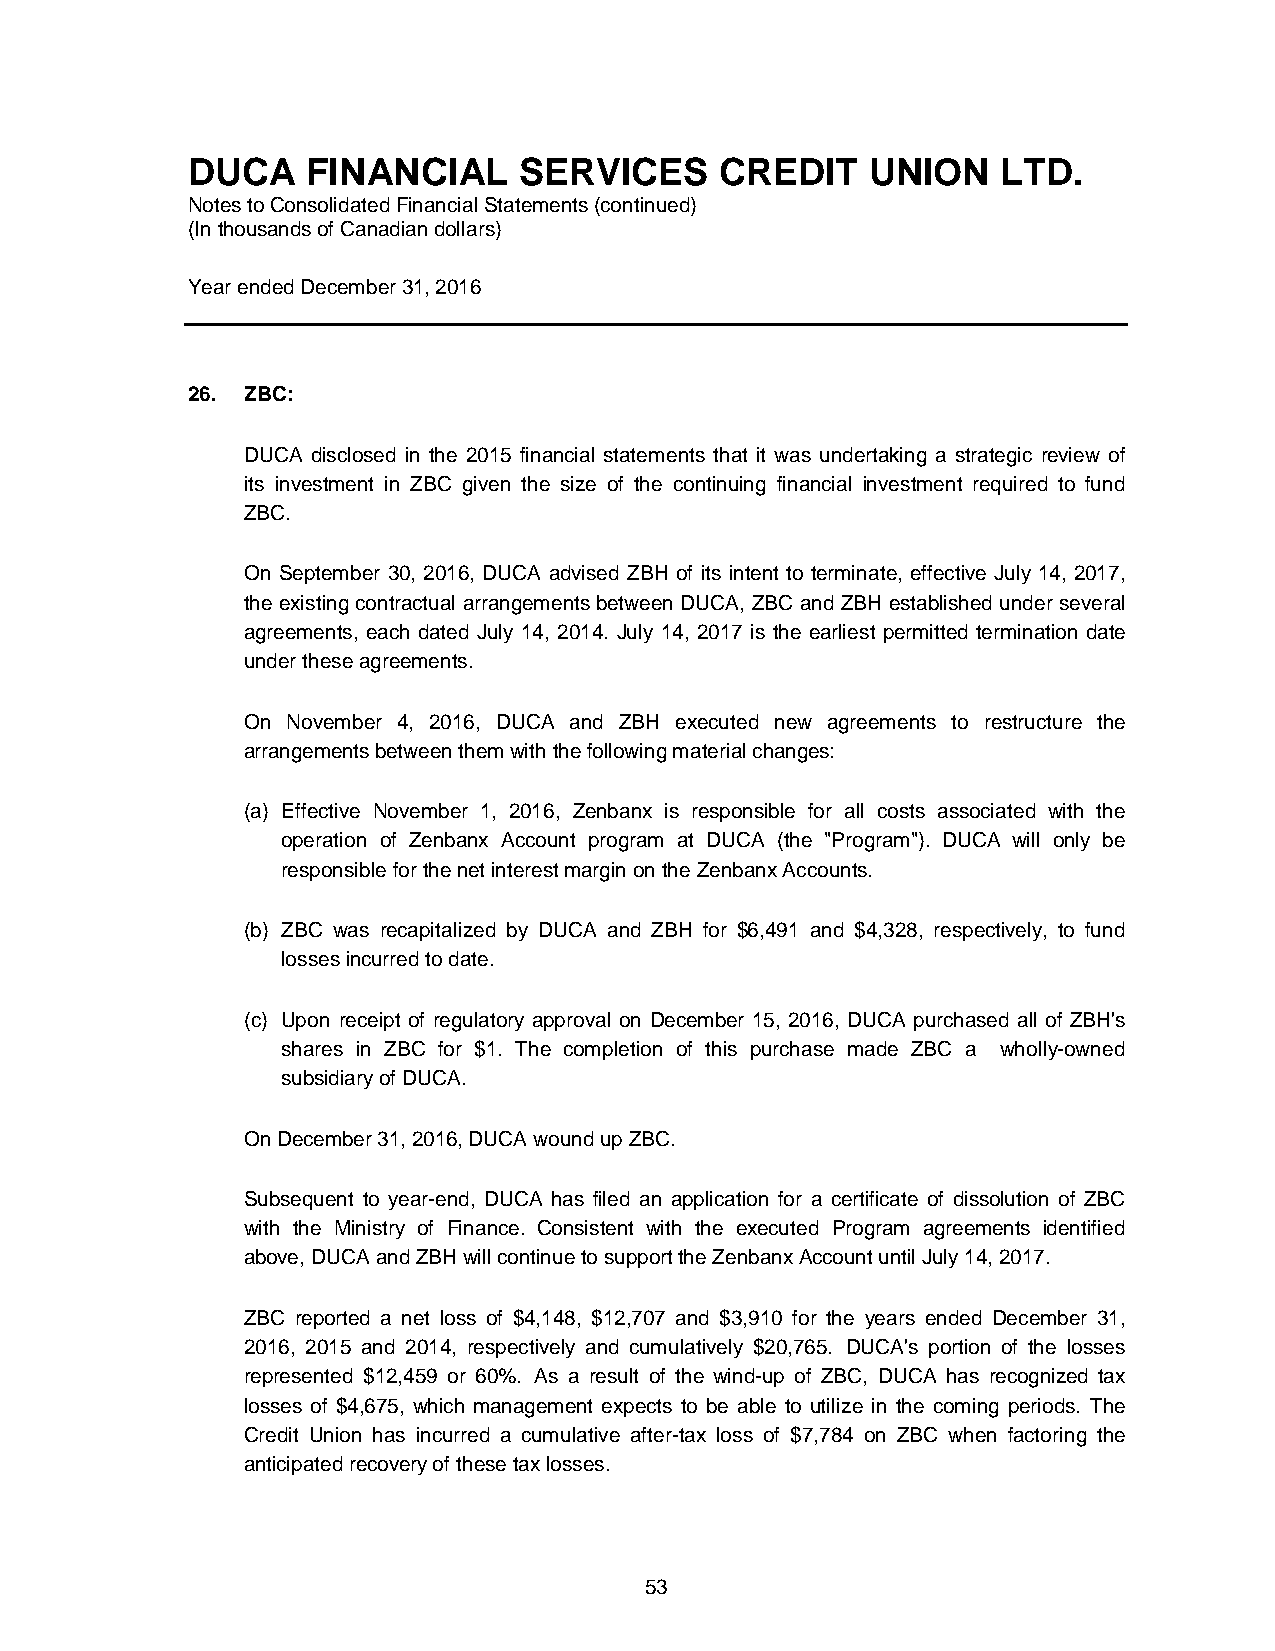
DUCA    FINANCIAL     SERVICES      CREDIT    UNION   LTD.
 Notes to Consolidated Financial Statements (continued)
 (In thousands of Canadian dollars)
 Year ended December 31, 2016
 26. ZBC:
 DUCA disclosed in the 2015 financial statements that it was undertaking a strategic review of
 its investment in ZBC given the size of the continuing financial investment required to fund
 ZBC.
 On September 30, 2016, DUCA advised ZBH of its intent to terminate, effective July 14, 2017,
 the existing contractual arrangements between DUCA, ZBC and ZBH established under several
 agreements, each dated July 14, 2014. July 14, 2017 is the earliest permitted termination date
 under these agreements.
 On November 4, 2016, DUCA and ZBH executed new agreements to restructure the
 arrangements between them with the following material changes:
 (a) Effective November 1, 2016, Zenbanx is responsible for all costs associated with the
 operation of Zenbanx Account program at DUCA (the "Program"). DUCA will only be
 responsible for the net interest margin on the Zenbanx Accounts.
 (b) ZBC was recapitalized by DUCA and ZBH for $6,491 and $4,328, respectively, to fund
 losses incurred to date.
 (c) Upon receipt of regulatory approval on December 15, 2016, DUCA purchased all of ZBH's
 shares in ZBC for $1. The completion of this purchase made ZBC a wholly-owned
 subsidiary of DUCA.
 On December 31, 2016, DUCA wound up ZBC.
 Subsequent to year-end, DUCA has filed an application for a certificate of dissolution of ZBC
 with the Ministry of Finance. Consistent with the executed Program agreements identified
 above, DUCA and ZBH will continue to support the Zenbanx Account until July 14, 2017.
 ZBC reported a net loss of $4,148, $12,707 and $3,910 for the years ended December 31,
 2016, 2015 and 2014, respectively and cumulatively $20,765. DUCA's portion of the losses
 represented $12,459 or 60%. As a result of the wind-up of ZBC, DUCA has recognized tax
 losses of $4,675, which management expects to be able to utilize in the coming periods. The
 Credit Union has incurred a cumulative after-tax loss of $7,784 on ZBC when factoring the
 anticipated recovery of these tax losses.
 53